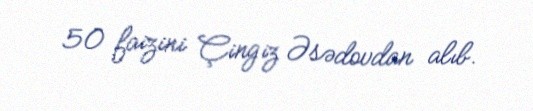
50 faizini Çingiz Əsədovdan alıb.